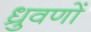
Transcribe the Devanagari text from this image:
ध्रुवणों